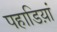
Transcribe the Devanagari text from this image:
पहाडिय़ां